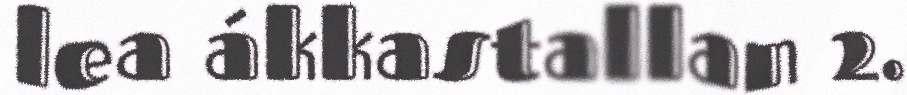
lea ákkastallan 2.